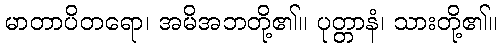
မာတာပိတရော၊ အမိအဘတို့၏။ ပုတ္တာနံ၊ သားတို့၏။